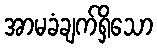
အာမခံချက်ရှိသော